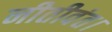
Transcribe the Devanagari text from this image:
नीतीवंत।